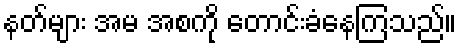
နတ်များ အမ အစကို တောင်းခံနေကြသည်။